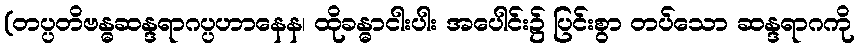
(တပ္ပတိဗန္ဓဆန္ဒရာဂပ္ပဟာနေန၊ ထိုခန္ဓာငါးပါး အပေါင်း၌ ပြင်းစွာ တပ်သော ဆန္ဒရာဂကို